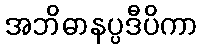
အဘိဓာနပ္ပဒီပိကာ